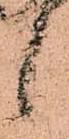
候